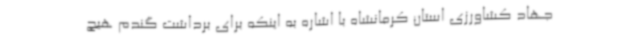
جهاد کشاورزی استان کرمانشاه با اشاره به اینکه برای برداشت گندم هیچ